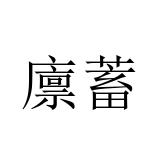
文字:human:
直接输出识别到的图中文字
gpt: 廪蓄